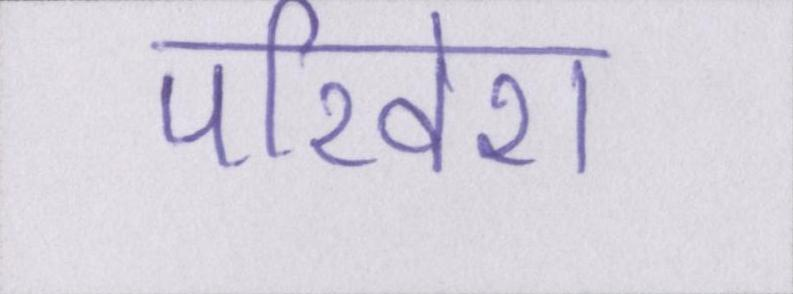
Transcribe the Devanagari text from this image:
परिवेश